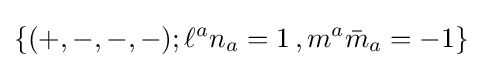
\{(+,-,-,-);\ell ^{a}n_{a}=1\,,m^{a}{\bar {m}}_{a}=-1\}